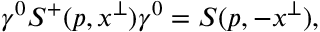
\gamma ^ { 0 } S ^ { + } ( p , x ^ { \perp } ) \gamma ^ { 0 } = S ( p , - x ^ { \perp } ) ,